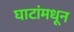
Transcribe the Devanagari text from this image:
घाटांमधून